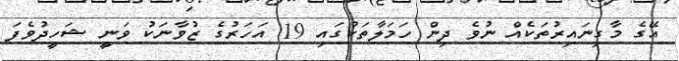
އޭގެ މާގިނައިރުތަކެއް ނުވެ ދިން ހަމަލާތަކުގައި 19 އަހަރުގެ ޒުވާނަކު ވަނީ ޝަހީދުވެފަ